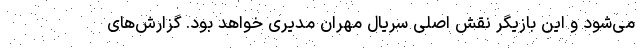
می‌شود و این بازیگر نقش اصلی سریال مهران مدیری خواهد بود. گزارش‌های